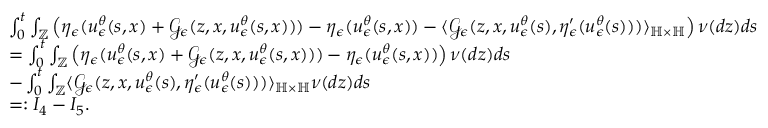
\begin{array} { r l } & { \int _ { 0 } ^ { t } \int _ { \mathbb { Z } } \left( \eta _ { \epsilon } ( u _ { \epsilon } ^ { \theta } ( s , x ) + \mathcal { G } _ { \epsilon } ( z , x , u _ { \epsilon } ^ { \theta } ( s , x ) ) ) - \eta _ { \epsilon } ( u _ { \epsilon } ^ { \theta } ( s , x ) ) - \langle \mathcal { G } _ { \epsilon } ( z , x , u _ { \epsilon } ^ { \theta } ( s ) , \eta _ { \epsilon } ^ { \prime } ( u _ { \epsilon } ^ { \theta } ( s ) ) ) \rangle _ { \mathbb { H } \times \mathbb { H } } \right) \nu ( d z ) d s } \\ & { = \int _ { 0 } ^ { t } \int _ { \mathbb { Z } } \left( \eta _ { \epsilon } ( u _ { \epsilon } ^ { \theta } ( s , x ) + \mathcal { G } _ { \epsilon } ( z , x , u _ { \epsilon } ^ { \theta } ( s , x ) ) ) - \eta _ { \epsilon } ( u _ { \epsilon } ^ { \theta } ( s , x ) ) \right) \nu ( d z ) d s } \\ & { - \int _ { 0 } ^ { t } \int _ { \mathbb { Z } } \langle \mathcal { G } _ { \epsilon } ( z , x , u _ { \epsilon } ^ { \theta } ( s ) , \eta _ { \epsilon } ^ { \prime } ( u _ { \epsilon } ^ { \theta } ( s ) ) ) \rangle _ { \mathbb { H } \times \mathbb { H } } \nu ( d z ) d s } \\ & { = : I _ { 4 } - I _ { 5 } . } \end{array}